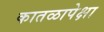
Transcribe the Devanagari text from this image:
कातळापेक्षा